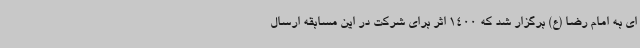
ای به امام رضا (ع) برگزار شد که 1400 اثر برای شرکت در این مسابقه ارسال